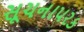
સૂચનાપરક